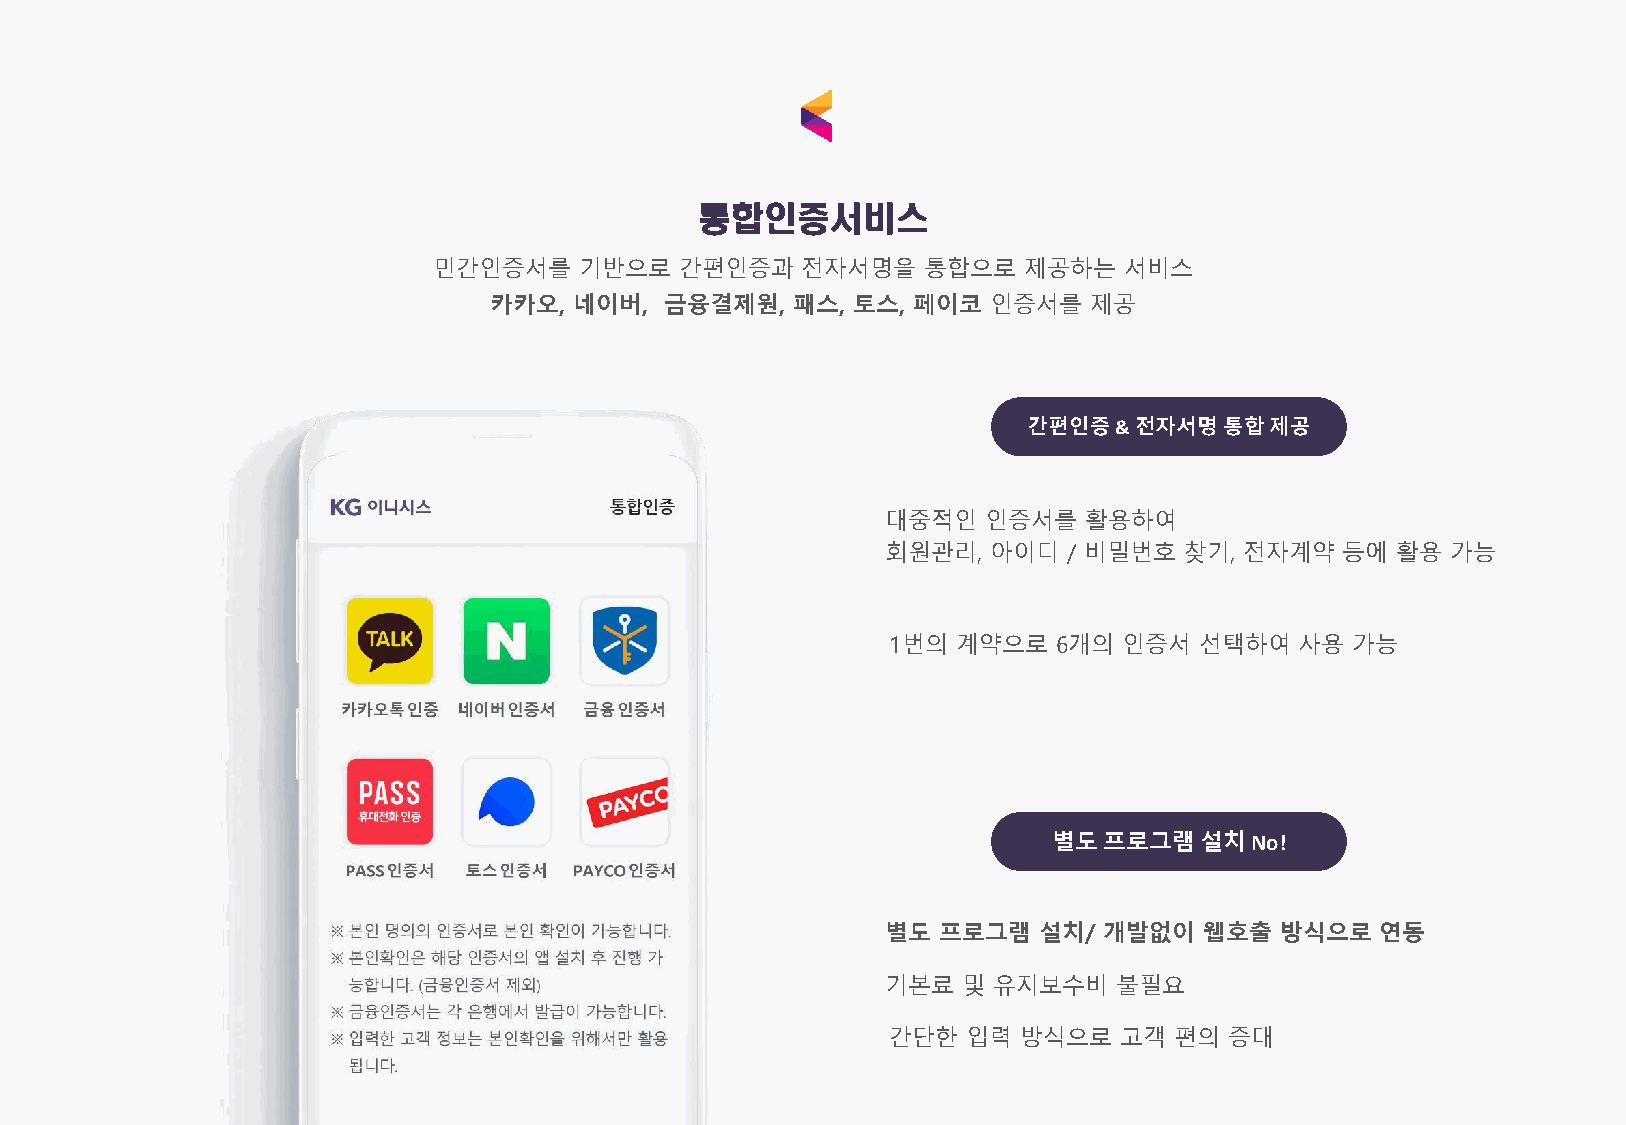
통합인증서비스
 민간인증서를   기반으로   간편인증과   전자서명을   통합으로   제공하는  서비스
 카카오,  네이버,  금융결제원,  패스, 토스, 페이코  인증서를   제공
 간편인증&  전자서명통합제공
 대중적인  인증서를   활용하여
 회원관리, 아이디   / 비밀번호 찾기, 전자계약   등에 활용  가능
 1번의 계약으로   6개의 인증서  선택하여   사용 가능
 별도프로그램설치No!
 별도 프로그램   설치/ 개발없이   웹호출  방식으로  연동
 기본료  및 유지보수비   불필요
 간단한  입력 방식으로   고객  편의 증대